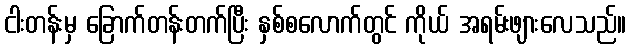
ငါးတန်းမှ ခြောက်တန်းတက်ပြီး နှစ်စလောက်တွင် ကိုယ် အရမ်းဖျားလေသည်။